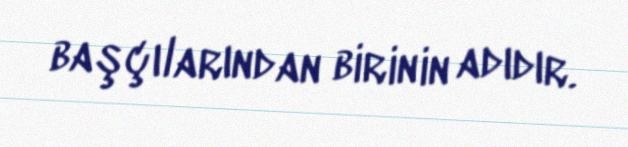
başçılarından birinin adıdır.